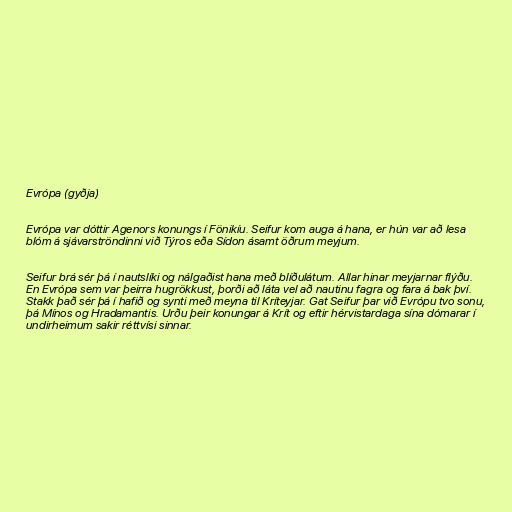
Evrópa (gyðja)

Evrópa var dóttir Agenors konungs í Fönikíu. Seifur kom auga á hana, er hún var að lesa
blóm á sjávarströndinni við Týros eða Sídon ásamt öðrum meyjum.

Seifur brá sér þá í nautslíki og nálgaðist hana með blíðulátum. Allar hinar meyjarnar flýðu.
En Evrópa sem var þeirra hugrökkust, þorði að láta vel að nautinu fagra og fara á bak því.
Stakk það sér þá í hafið og synti með meyna til Kríteyjar. Gat Seifur þar við Evrópu tvo sonu,
þá Mínos og Hradamantis. Urðu þeir konungar á Krít og eftir hérvistardaga sína dómarar í
undirheimum sakir réttvísi sinnar.